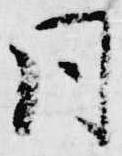
同